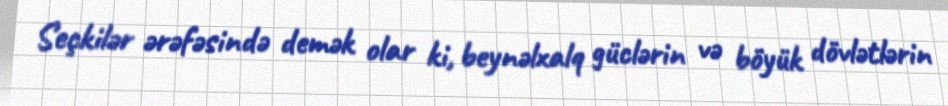
Seçkilər ərəfəsində demək olar ki, beynəlxalq güclərin və böyük dövlətlərin